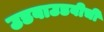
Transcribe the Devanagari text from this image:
उडवाउडवीची